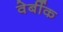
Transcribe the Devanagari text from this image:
वेर्बीक